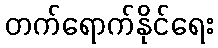
တက်ရောက်နိုင်ရေး